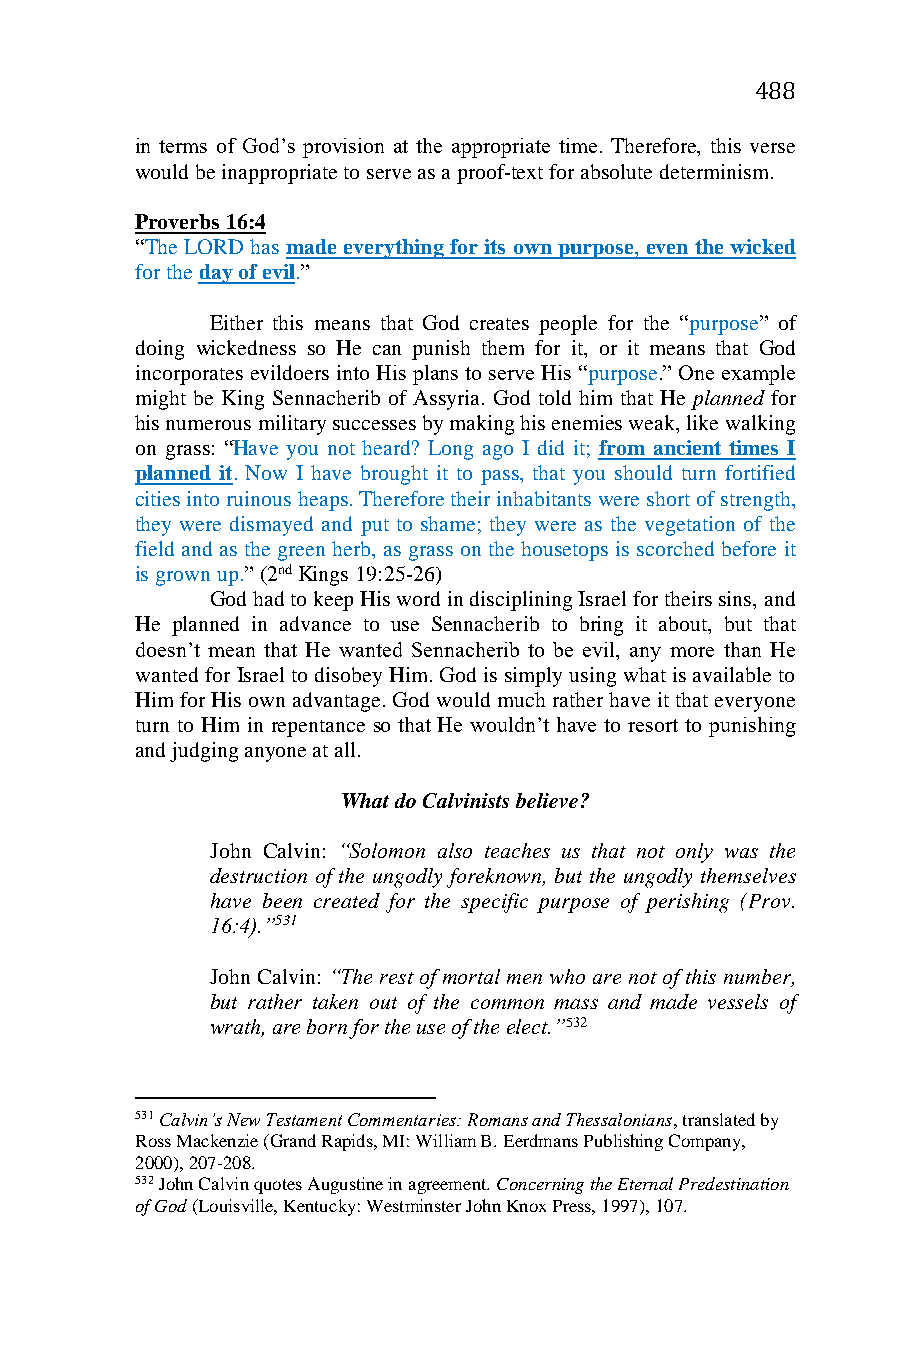
488
 in terms of God’s provision at the appropriate time. Therefore, this verse
 would be inappropriate to serve as a proof-text for absolute determinism.
 Proverbs 16:4
 “The LORD has made everything for its own purpose, even the wicked
 for the day of evil.”
 Either this means that God creates people for the “purpose” of
 doing wickedness so He can punish them for it, or it means that God
 incorporates evildoers into His plans to serve His “purpose.” One example
 might be King Sennacherib of Assyria. God told him that He planned for
 his numerous military successes by making his enemies weak, like walking
 on grass: “Have you not heard? Long ago I did it; from ancient times I
 planned it. Now I have brought it to pass, that you should turn fortified
 cities into ruinous heaps. Therefore their inhabitants were short of strength,
 they were dismayed and put to shame; they were as the vegetation of the
 field and as the green herb, as grass on the housetops is scorched before it
 is grown up.” (2nd Kings 19:25-26)
 God had to keep His word in disciplining Israel for theirs sins, and
 He planned in advance to use Sennacherib to bring it about, but that
 doesn’t mean that He wanted Sennacherib to be evil, any more than He
 wanted for Israel to disobey Him. God is simply using what is available to
 Him for His own advantage. God would much rather have it that everyone
 turn to Him in repentance so that He wouldn’t have to resort to punishing
 and judging anyone at all.
 What do Calvinists believe?
 John Calvin: “Solomon also teaches us that not only was the
 destruction of the ungodly foreknown, but the ungodly themselves
 have been created for the specific purpose of perishing (Prov.
 16:4).”531
 John Calvin: “The rest of mortal men who are not of this number,
 but rather taken out of the common mass and made vessels of
 wrath, are born for the use of the elect.”532
 531 Calvin’s New Testament Commentaries: Romans and Thessalonians, translated by
 Ross Mackenzie (Grand Rapids, MI: William B. Eerdmans Publishing Company,
 2000), 207-208.
 532 John Calvin quotes Augustine in agreement. Concerning the Eternal Predestination
 of God (Louisville, Kentucky: Westminster John Knox Press, 1997), 107.